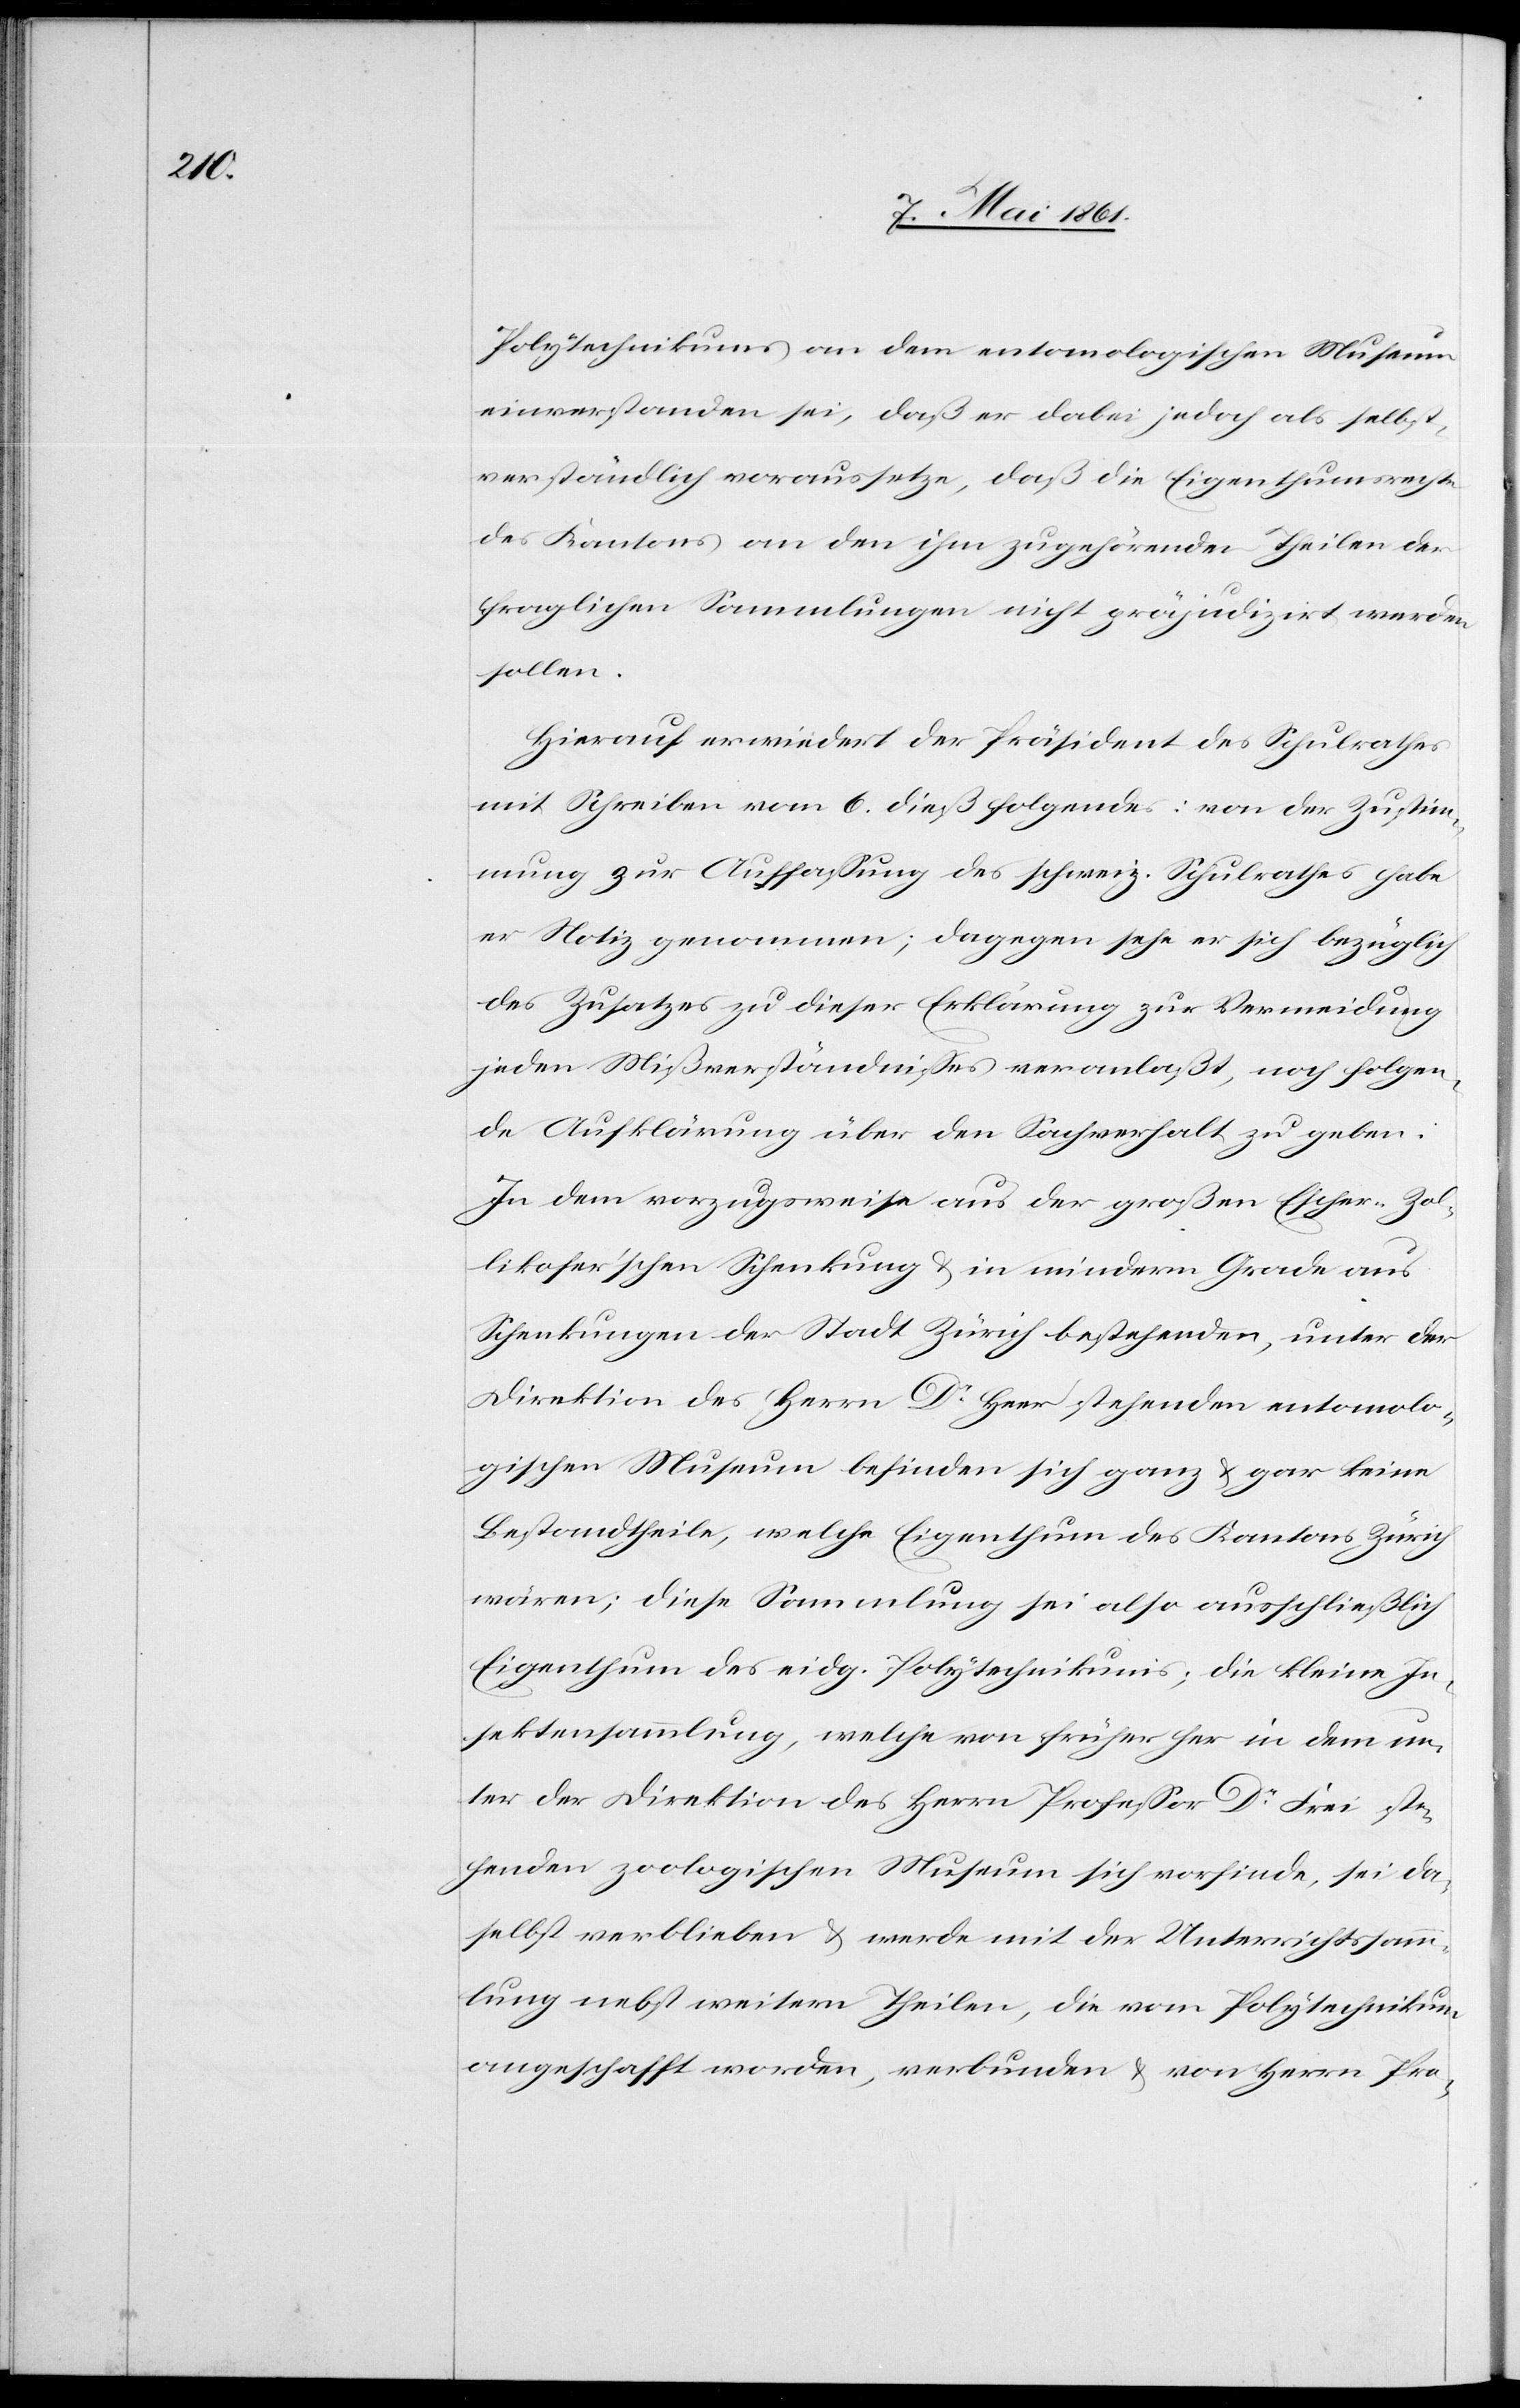
Polytechnikums an den entomologischen Museum
einverstanden sei, daß er dabei jedoch als selbst¬
verständlich voraussetze, daß die Eigenthumsrechte
des Kantons an den ihm zugehörender Theilen der
fraglichen Sammlungen nicht präjudizirt werden
sollen.
Hierauf erwiedert der Präsident des Schulrathes
mit Schreiben vom 6. dieß folgendes: von der Zustim¬
mung zur Auffassung des schweiz. Schulrathes habe
er Notiz genommen; dagegen sehe er sich bezüglich
des Zusatzes zu dieser Erklärung zur Vermeidung
jeden Mißverständnisses veranlaßt, noch folgen¬
de Aufklärung über den Sachverhalt zu geben.
In dem vorzugsweise aus der großen Escher-Zol¬
likofer’schen Schenkung u. in minderm Grade aus
Schenkungen der Stadt Zürich bestehenden, unter der
Direktion des Herrn Dr. Heer stehenden entomolo¬
gischen Museum befinden sich ganz u. gar keine
Bestandtheile, welche Eigenthum des Kantons Zürich
wären; diese Sammlung sei also ausschließlich
Eigenthum des eidg. Polytechnikums; die kleine In¬
sektensammlung, welche von früher her in dem un¬
ter der Direktion des Herrn Professor Dr. Frei ste¬
henden zoologischen Museum sich vorfinde, sei da¬
selbst verblieben u. werde mit der Unterrichtssamm¬
lung nebst weitern Theilen, die vom Polytechnikums
angeschafft worden, verbunden u. von Herrn Pro-